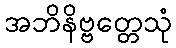
အဘိနိဗ္ဗတ္တေသုံ